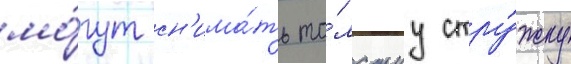
мо́гут сн'има́ть то́лстуу стру́жку